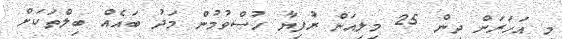
މި އަހަރަށް ދިން 25 މިލިއަން ރުފިޔާ ހުސްވުމުން މަދު ބައެއް ބިލްތަކަށް